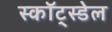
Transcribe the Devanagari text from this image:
स्कॉट्स्डेल